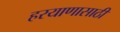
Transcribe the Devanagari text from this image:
हरयाणासाठी